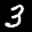
Label: 3